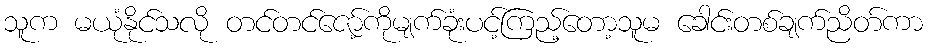
သူက မယုံနိုင်သလို တင်တင်ဇော့်ကိုမျက်ခုံးပင့်ကြည့်တော့သူမ ခေါင်းတစ်ချက်ညိတ်ကာ